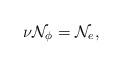
\begin{align*}\mathrm{\nu }\mathcal{N}_{\phi }=\mathcal{N}_{e},\end{align*}